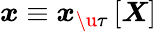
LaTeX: \boldsymbol{x}\equiv\boldsymbol{x}_{\u{\tau}}\left[\boldsymbol{X}\right]